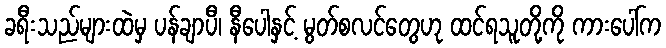
ခရီးသည်များထဲမှ ပန်ချာပီ၊ နီပေါနှင့် မွတ်စလင်တွေဟု ထင်ရသူတို့ကို ကားပေါ်က